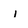
Character: i